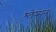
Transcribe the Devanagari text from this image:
श्‍लेष्‍मन